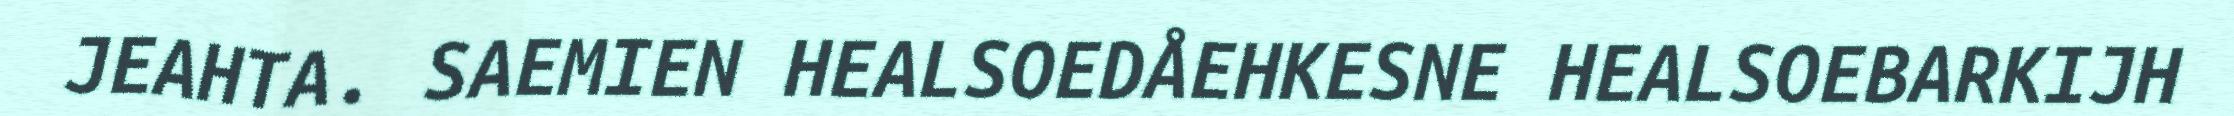
JEAHTA. SAEMIEN HEALSOEDÅEHKESNE HEALSOEBARKIJH